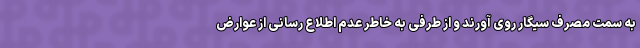
به سمت مصرف سیگار روی آورند و از طرفی به خاطر عدم اطلاع رسانی از عوارض